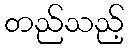
တည်သည့်